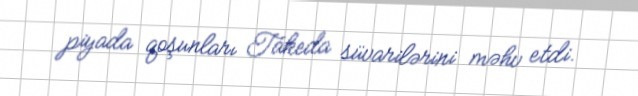
piyada qoşunları Takeda süvarilərini məhv etdi.